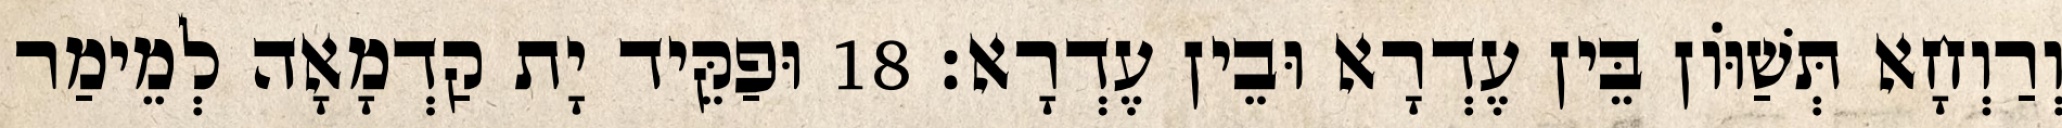
וְרַוְחָא תְּשַׁוּוֹן בֵּין עֶדְרָא וּבֵין עֶדְרָא׃ 18 וּפַקֵּיד יָת קַדְמָאָה לְמֵימַר